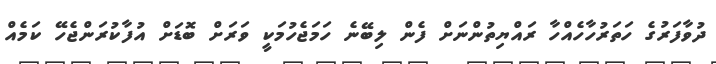
ދުވާފަރުގެ ހަތަރުހާހެއްހާ ރައްޔިތުންނަށް ފެން ލިބޭނެ ހަމަޖެހުމަކީ ވަރަށް ބޮޑަށް އުފާކުރަންޖެހޭ ކަމެއް